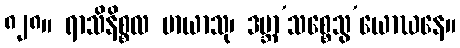
၈၂၈။ ရာသိနိစ္စလ မာယာသု၊ ဒမ္ဘာ’သစ္စေသွ’ယောဃနေ။